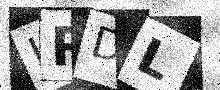
Text: LRDL